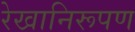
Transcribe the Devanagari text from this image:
रेखानिरूपण